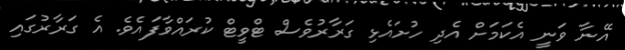
އޭނާ ވަނީ އެކަމަށް އެދި ހުށައެޅި ގަރާރުވެސް ޓްވީޓް ކުރައްވާފައެވެ. އެ ގަރާރުގައި